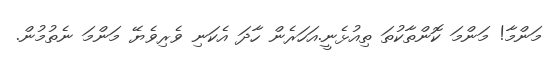
މަންމާ! މަންމަ ކޮންތާކުތަ ތިއުޅެނީ.އަހަރެން ހާދަ އެކަނި ވެރިވެޔޭ މަންމަ ނެތުމުން.